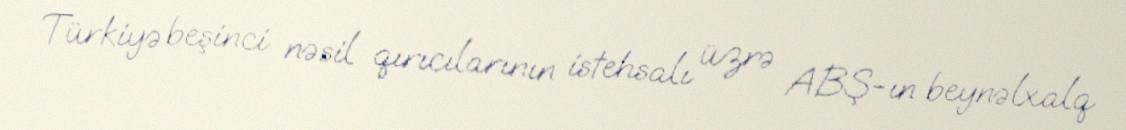
Türkiyə beşinci nəsil qırıcılarının istehsalı üzrə ABŞ-ın beynəlxalq